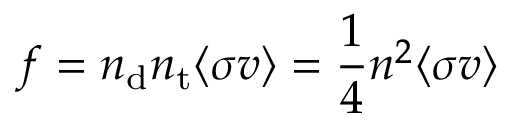
f = n _ { \mathrm { d } } n _ { \mathrm { t } } \langle \sigma v \rangle = { \frac { 1 } { 4 } } n ^ { 2 } \langle \sigma v \rangle